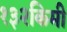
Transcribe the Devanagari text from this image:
१३२किमी